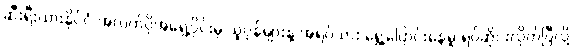
ဆီးရီးယားနိုင်ငံ အလက်ပိုအရှေ့ပိုင်းမှ သူပုန်များနဲ့ အရပ်သား ရွှေ့ပြောင်းနေမှု ရပ်ဆိုင်းလိုက်ပြီလို့